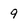
Character: 9